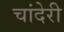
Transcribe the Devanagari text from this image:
चांदेरी